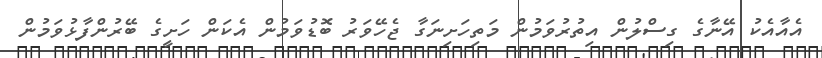
އެއާއެކު އޭނާގެ ގިސްލުން އިތުރުވަމުން މަތިހަށިނަގާ ޖެހޭވަރު ބޮޑުވަމުން އެކަން ހަށީގެ ބޭރުންފާޅުވަމުން